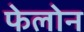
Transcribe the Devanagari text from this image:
फेलोन